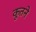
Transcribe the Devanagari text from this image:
कूतने